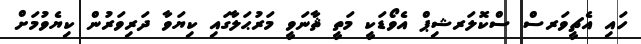
ހައި އެޗީވަރސް ސްކޮލަރޝިޕް އެވޯޑަކީ މަތީ ޘާނަވީ މަރުޙަލާގައި ކިޔަވާ ދަރިވަރުން ކިޔެވުމަށް